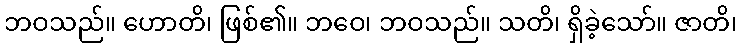
ဘဝသည်။ ဟောတိ၊ ဖြစ်၏။ ဘဝေ၊ ဘဝသည်။ သတိ၊ ရှိခဲ့သော်။ ဇာတိ၊